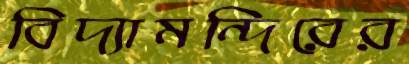
বিদ্যামন্দিরের